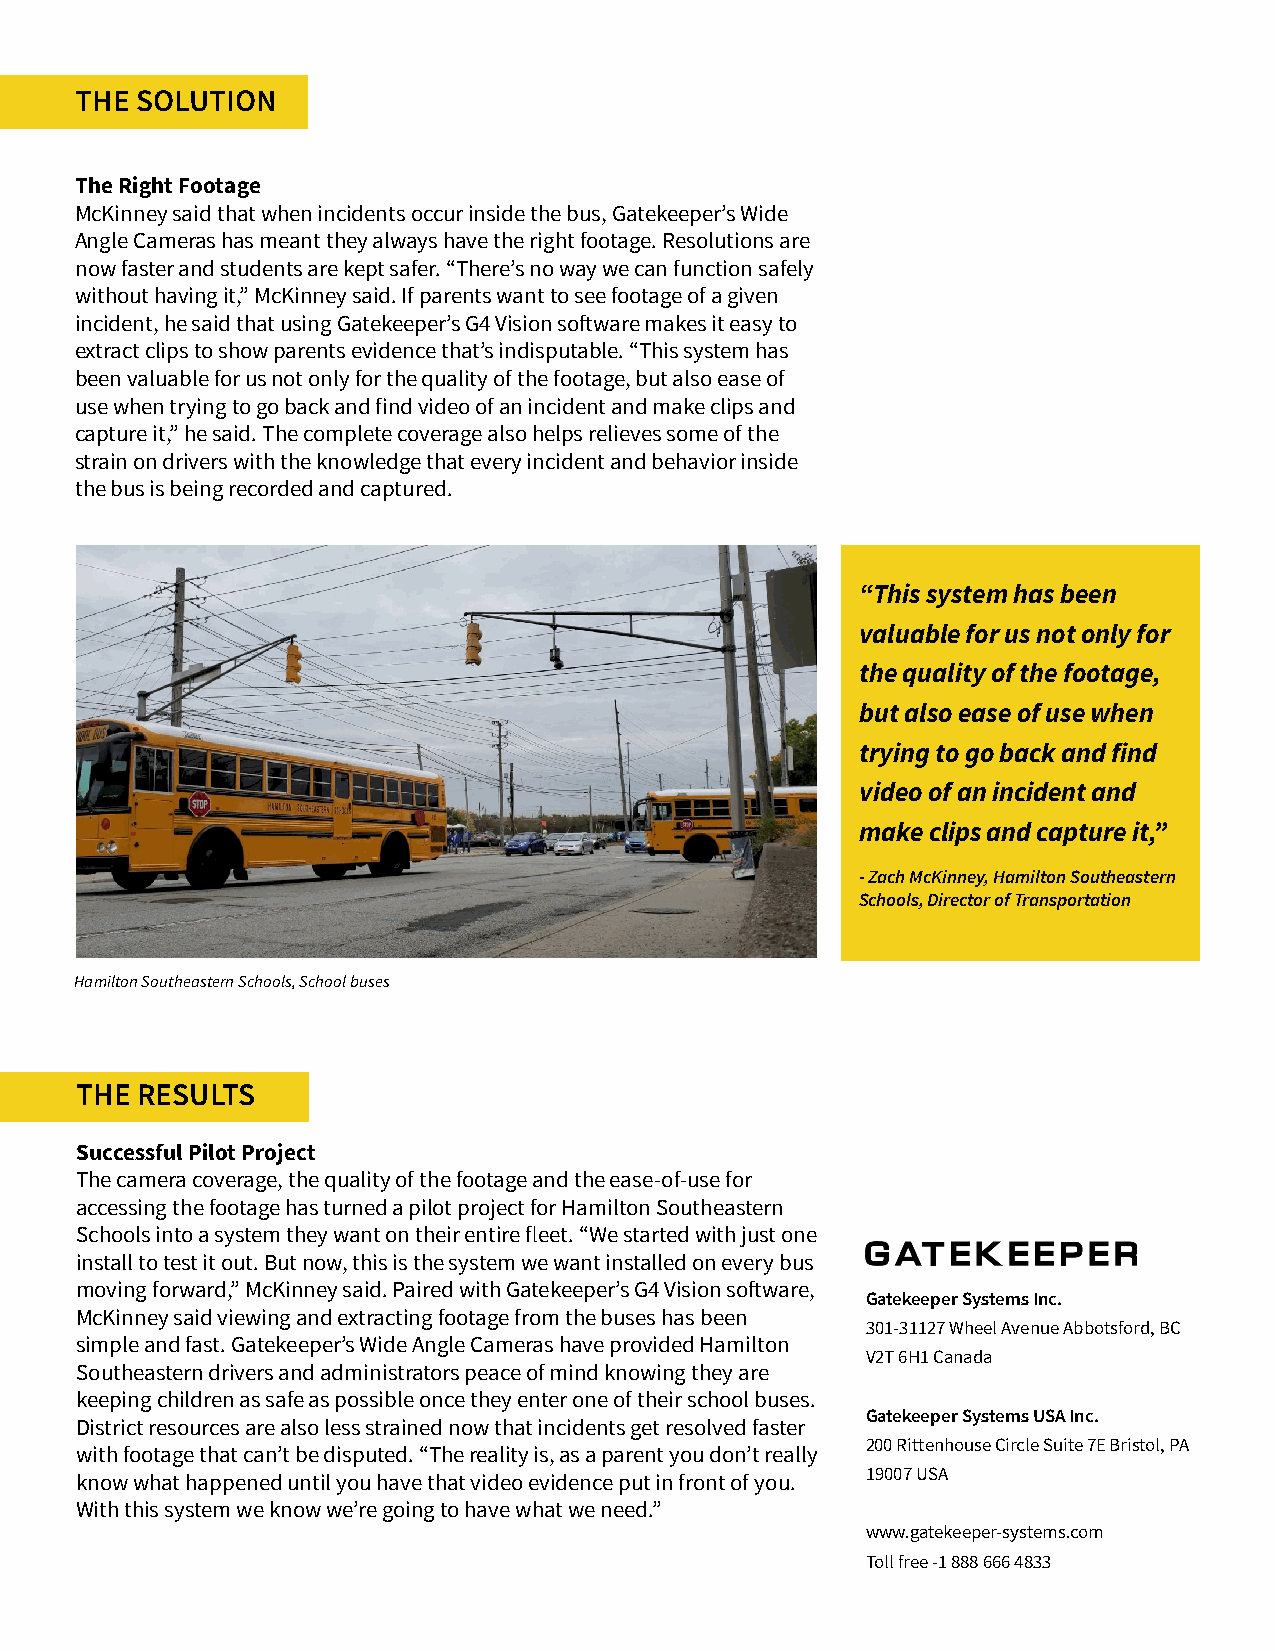
THE SOLUTION
 The Right Footage
 McKinney said that when incidents occur inside the bus, Gatekeeper’s Wide
 Angle Cameras has meant they always have the right footage. Resolutions are
 now faster and students are kept safer. “There’s no way we can function safely
 without having it,” McKinney said. If parents want to see footage of a given
 incident, he said that using Gatekeeper’s G4 Vision software makes it easy to
 extract clips to show parents evidence that’s indisputable. “This system has
 been valuable for us not only for the quality of the footage, but also ease of
 use when trying to go back and find video of an incident and make clips and
 capture it,” he said. The complete coverage also helps relieves some of the
 strain on drivers with the knowledge that every incident and behavior inside
 the bus is being recorded and captured.
 “This system has been
 valuable for us not only for
 the quality of the footage,
 but also ease of use when
 trying to go back and find
 video of an incident and
 make clips and capture it,”
 - Zach McKinney, Hamilton Southeastern
 Schools, Director of Transportation
 Hamilton Southeastern Schools, School buses
 THE RESULTS
 Successful Pilot Project
 The camera coverage, the quality of the footage and the ease-of-use for
 accessing the footage has turned a pilot project for Hamilton Southeastern
 Schools into a system they want on their entire fleet. “We started with just one
 install to test it out. But now, this is the system we want installed on every bus
 moving forward,” McKinney said. Paired with Gatekeeper’s G4 Vision software,
 Gatekeeper Systems Inc.
 McKinney said viewing and extracting footage from the buses has been
 301-31127 Wheel Avenue Abbotsford, BC
 simple and fast. Gatekeeper’s Wide Angle Cameras have provided Hamilton
 V2T 6H1 Canada
 Southeastern drivers and administrators peace of mind knowing they are
 keeping children as safe as possible once they enter one of their school buses.
 Gatekeeper Systems USA Inc.
 District resources are also less strained now that incidents get resolved faster
 200 Rittenhouse Circle Suite 7E Bristol, PA
 with footage that can’t be disputed. “The reality is, as a parent you don’t really
 19007 USA
 know what happened until you have that video evidence put in front of you.
 With this system we know we’re going to have what we need.”
 www.gatekeeper-systems.com
 Toll free -1 888 666 4833